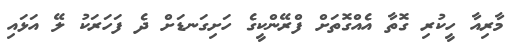
މާރިއާ ހީކުރި ގޮތާ އެއްގޮތަށް ފްރޭންކީގެ ހަށިގަނޑަށް ދެ ފަހަރަކު ލޭ އަޅައި